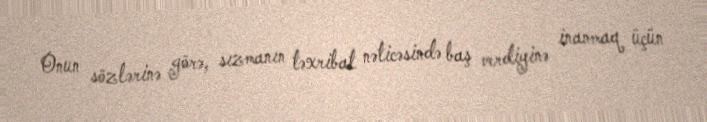
Onun sözlərinə görə, sızmanın təxribat nəticəsində baş verdiyinə inanmaq üçün